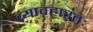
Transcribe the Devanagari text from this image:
व्यावहारतः